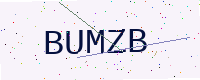
Text: BUMZB